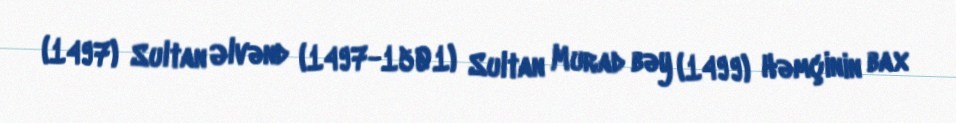
(1497) Sultan Əlvənd (1497-1501) Sultan Murad bəy (1499) Həmçinin bax